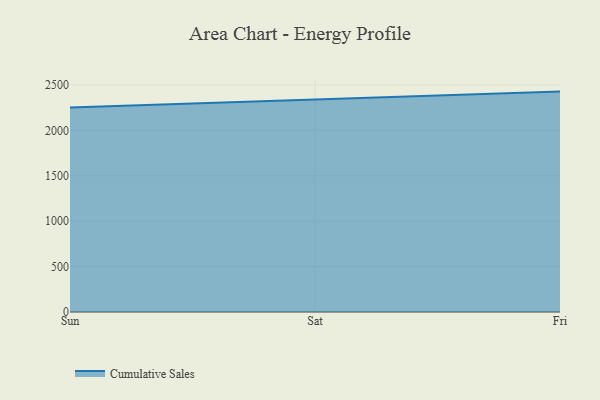
{"axis": {"x": "Day", "y": "Satisfaction Score"}, "legend": ["Cumulative Sales"], "data": [{"x": "Sun", "y": 2253.1, "type": "Cumulative Sales"}, {"x": "Sat", "y": 2335.9, "type": "Cumulative Sales"}, {"x": "Fri", "y": 2426.8, "type": "Cumulative Sales"}]}